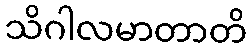
သိဂါလမာတာတိ